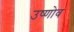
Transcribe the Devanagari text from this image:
उष्णोव